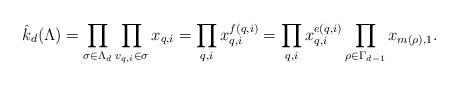
LaTeX: \begin{align*}\hat{k}_d(\Lambda) = \prod_{\sigma \in \Lambda_d}\prod_{v_{q,i} \in \sigma} x_{q,i}= \prod_{q, i} x_{q,i}^{f(q,i)}= \prod_{q, i} x_{q,i}^{e(q,i)}\prod_{\rho \in \Gamma_{d-1}} x_{m(\rho),1}.\end{align*}